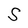
Character: S